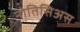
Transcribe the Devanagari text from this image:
नोतिसिअस